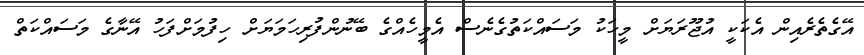
އޭގެތެރެއިން އެކަކީ އުޖޫރަޔަށް މީހަކު މަސައްކަތުގެނެސް އެމީހެއްގެ ބޭނުންފުރިހަމަޔަށް ހިފުމަށްފަހު އޭނާގެ މަސައްކަތް